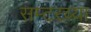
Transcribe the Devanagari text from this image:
सम्टरच्या